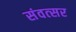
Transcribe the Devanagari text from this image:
संवत्‍सर